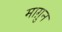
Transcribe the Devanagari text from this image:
माग़ुन